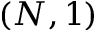
( N , 1 )